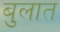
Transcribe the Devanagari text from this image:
बुलात